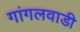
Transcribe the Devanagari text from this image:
गांगलवाडी